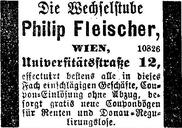
Die Wechselstube